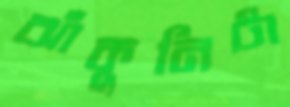
ঝাঁকুনিটা